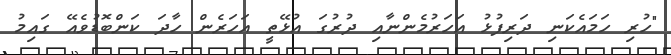
"ހުރި ހަމައެކަނި ދަރިފުޅު އަހަރުމެންނާއި ދުރުގަ އުޅޭތީ އަހަރެން ހާދަ ކަންބޮޑުވެއޭ ގައިމު